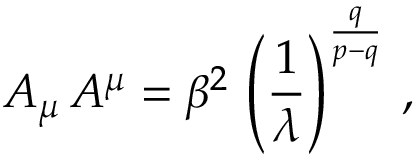
A _ { \mu } \, A ^ { \mu } = \beta ^ { 2 } \, \left( \frac { 1 } { \lambda } \right) ^ { \frac q { p - q } } \, ,